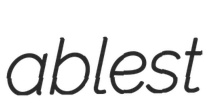
ablest